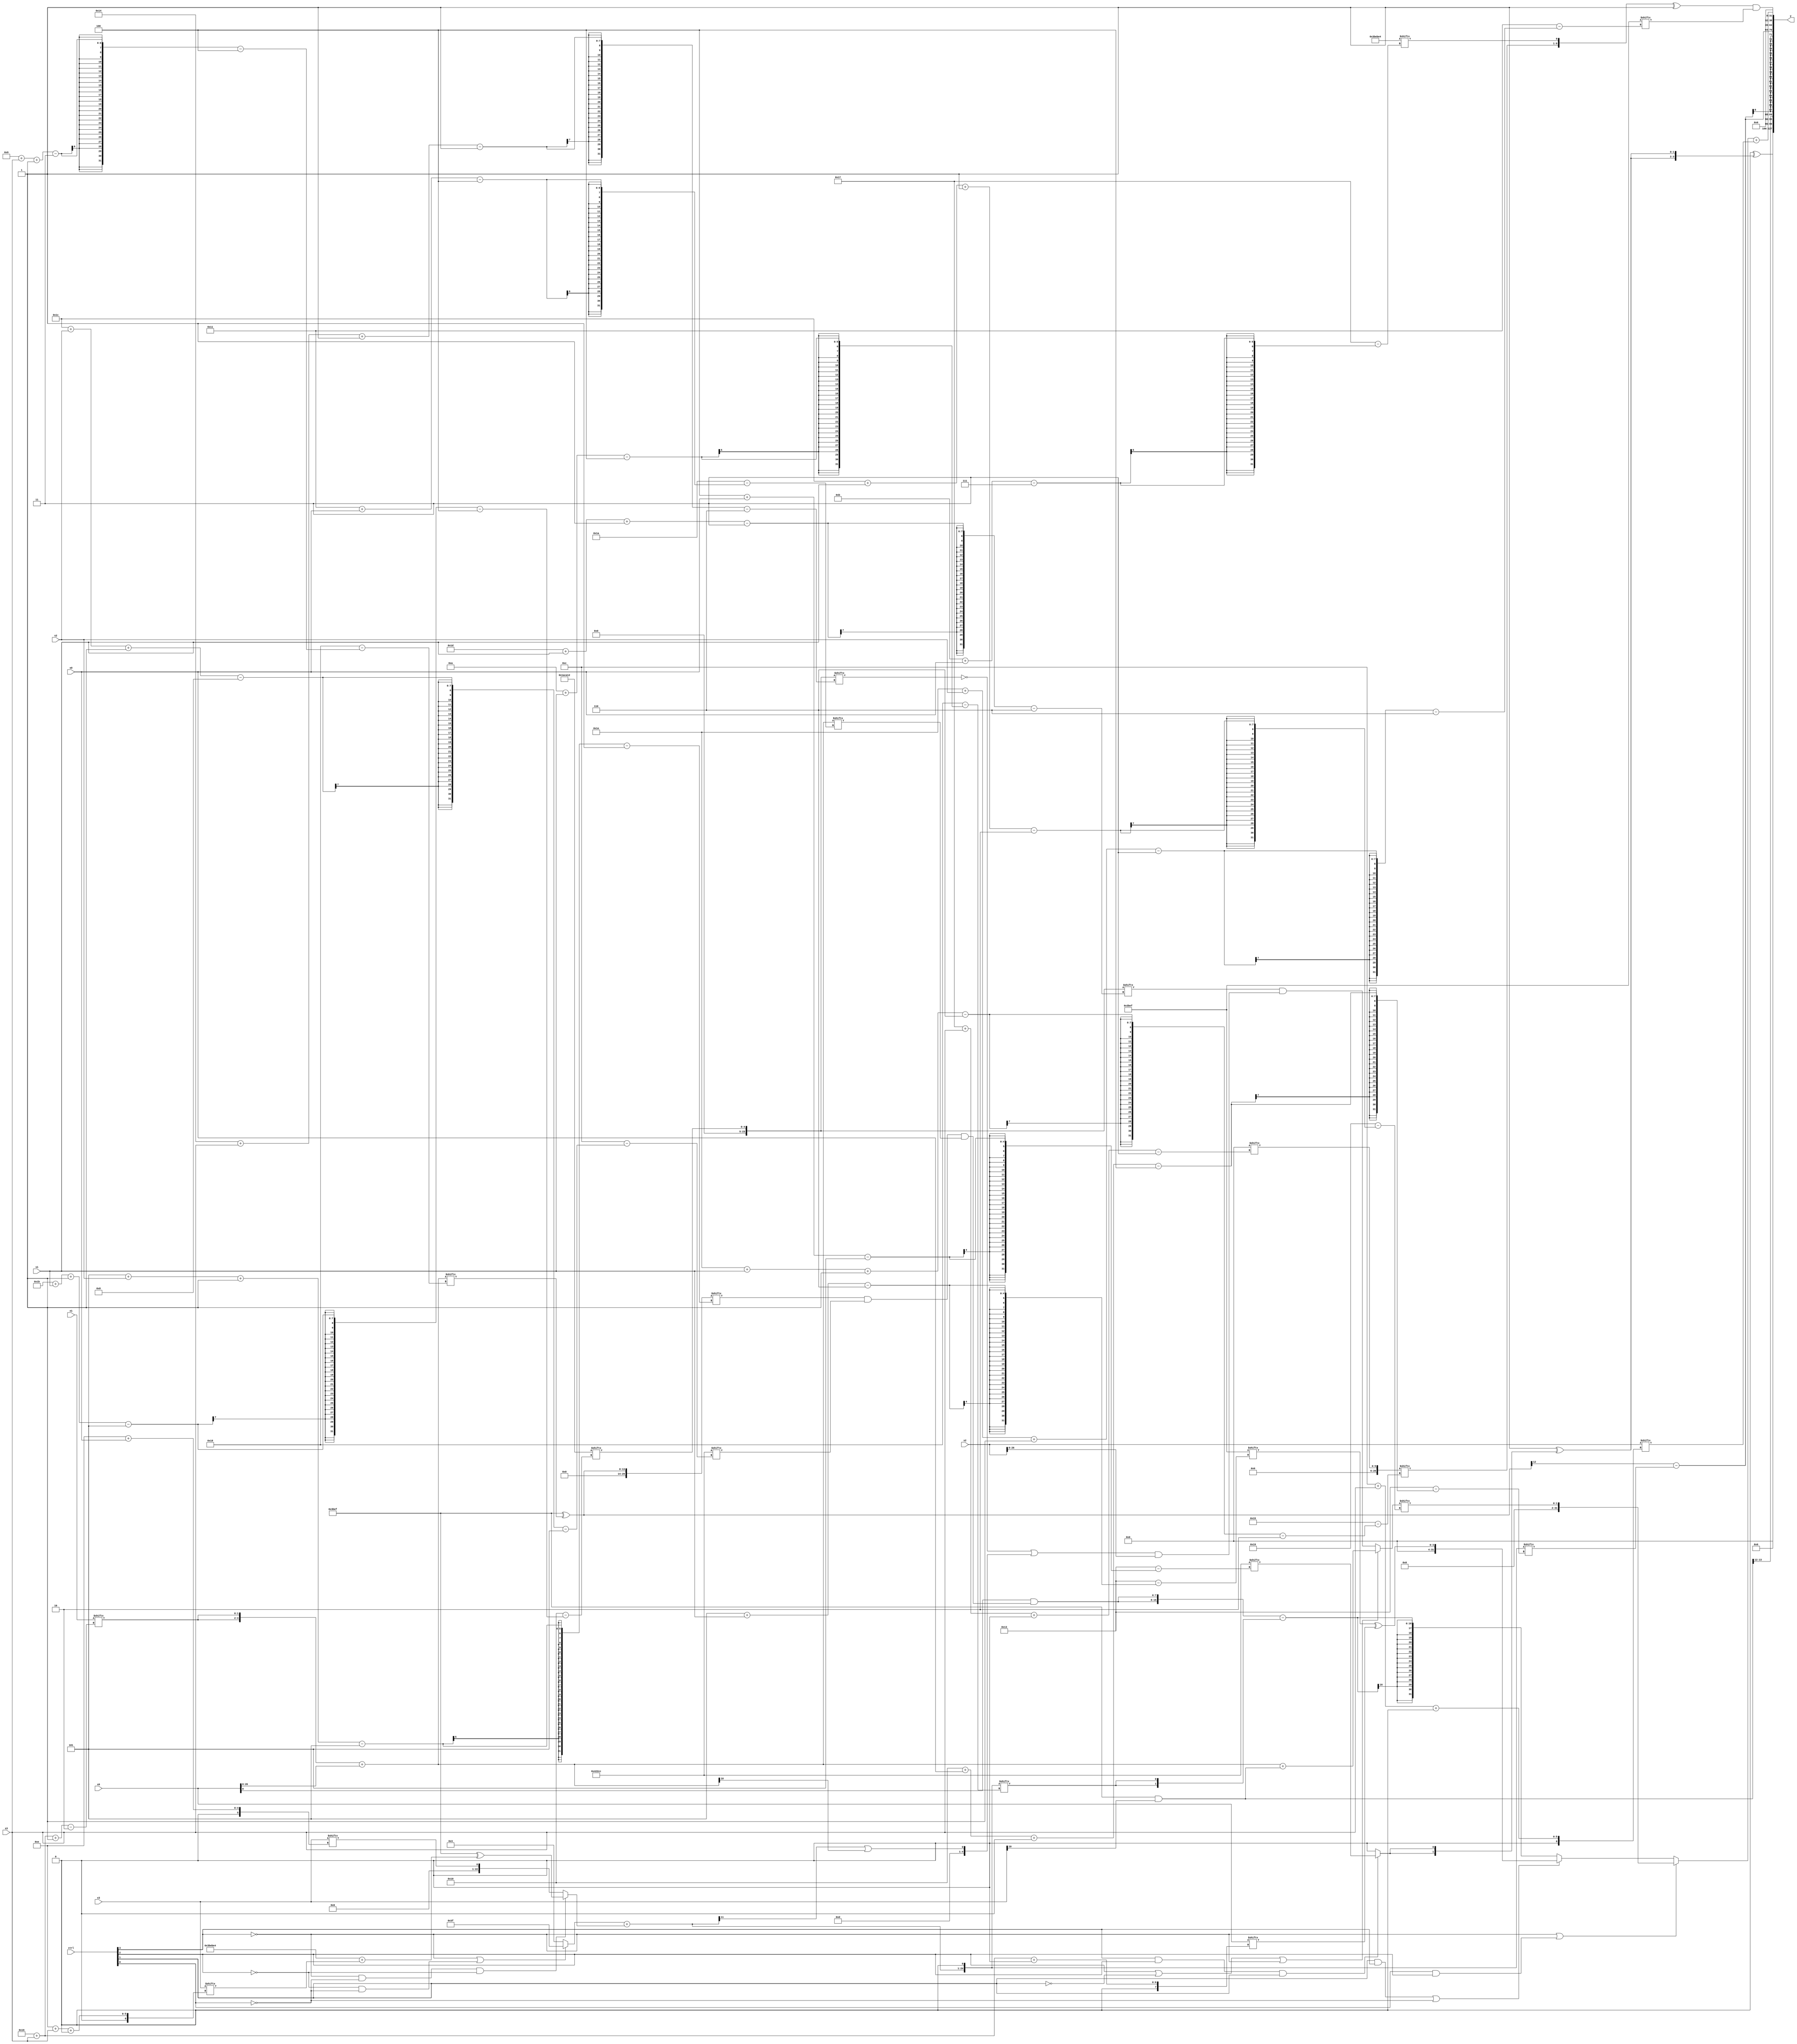
module partsel_00611(ctrl, s0, s1, s2, s3, x0, x1, x2, x3, y);
  input [3:0] ctrl;
  input [2:0] s0;
  input [2:0] s1;
  input [2:0] s2;
  input [2:0] s3;
  input [31:0] x0;
  input signed [31:0] x1;
  input signed [31:0] x2;
  input [31:0] x3;
  wire signed [4:30] x4;
  wire [30:3] x5;
  wire [30:1] x6;
  wire signed [27:1] x7;
  wire [2:25] x8;
  wire signed [6:25] x9;
  wire [29:6] x10;
  wire [5:24] x11;
  wire signed [4:28] x12;
  wire [0:26] x13;
  wire signed [1:25] x14;
  wire [2:28] x15;
  output [127:0] y;
  wire [31:0] y0;
  wire [31:0] y1;
  wire signed [31:0] y2;
  wire signed [31:0] y3;
  assign y = {y0,y1,y2,y3};
  localparam [7:30] p0 = 708570084;
  localparam [4:24] p1 = 247122450;
  localparam signed [6:25] p2 = 90192879;
  localparam signed [5:24] p3 = 995369676;
  assign x4 = {2{({2{x1[22 + s3 -: 2]}} + x0)}};
  assign x5 = p2[9 +: 3];
  assign x6 = (p2 ^ x4[9 + s3 -: 3]);
  assign x7 = (p2 & x3[10]);
  assign x8 = x6[13];
  assign x9 = x2[5 + s0 -: 8];
  assign x10 = p1[27 + s1 -: 5];
  assign x11 = x0[18];
  assign x12 = {{2{((!ctrl[3] || !ctrl[2] && !ctrl[0] ? {2{(p3[19] | p2[17 +: 3])}} : p2[13 -: 2]) + (!ctrl[3] && !ctrl[0] && !ctrl[2] ? (p2 ^ (p0 + x3[14 + s3 +: 5])) : x3[14 + s0]))}}, x5[21 -: 1]};
  assign x13 = (ctrl[2] || !ctrl[1] || !ctrl[3] ? (x4 + x7) : (x10[29 + s1 -: 3] & (((p1[20 -: 1] ^ x10[20 + s3 -: 1]) | {p0[16 +: 4], (x12[16] | x4[20])}) & x2)));
  assign x14 = (!ctrl[3] && !ctrl[2] && !ctrl[0] ? p2[21] : p1[23]);
  assign x15 = x5[23 + s3 +: 6];
  assign y0 = (p3[9] ^ {2{((p2[13 +: 1] | x1[9]) ^ {2{(ctrl[3] && ctrl[2] && ctrl[1] ? p3[4 + s0] : p0[18])}})}});
  assign y1 = {x7[13 +: 3], (x8 - x12[16 + s0 +: 6])};
  assign y2 = ((!ctrl[0] && ctrl[0] && ctrl[2] ? {(((x10[24 + s0 +: 8] | x12[18 + s3]) & p3[13 + s3 -: 5]) - (x5 - x11[8 + s2 -: 5])), {p0[14 -: 4], x6[15]}} : (!ctrl[2] || ctrl[2] || !ctrl[0] ? ({x15[30 + s1 -: 6], p0[11 + s0]} ^ p1[23 -: 3]) : p0)) & p2[30 + s2 -: 3]);
  assign y3 = ((!ctrl[3] || ctrl[0] && ctrl[2] ? x13[28 + s1 -: 2] : (ctrl[1] && ctrl[3] || !ctrl[0] ? (p2[5 + s1] ^ x0[22 + s3 +: 4]) : ({2{(x0[8 +: 1] & ((x6[5 + s2 -: 5] & p3[28 + s2 -: 8]) & x4[17 + s0]))}} - {2{x12[10 + s1]}}))) + x2[12 + s3 +: 4]);
endmodule